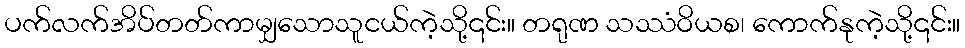
ပက်လက်အိပ်တတ်ကာမျှသောသူငယ်ကဲ့သို့၎င်း။ တရုဏ သဿံဝိယစ၊ ကောက်နုကဲ့သို့၎င်း။